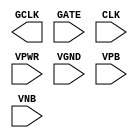
module sky130_fd_sc_ls__dlclkp (
    GCLK,
    GATE,
    CLK ,
    VPWR,
    VGND,
    VPB ,
    VNB
);

    output GCLK;
    input  GATE;
    input  CLK ;
    input  VPWR;
    input  VGND;
    input  VPB ;
    input  VNB ;
endmodule